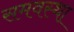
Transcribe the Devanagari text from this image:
समवस्था